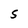
Character: S